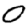
Digit: 0